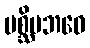
ပစ္ဆိမဘဝေ